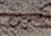
ضرب